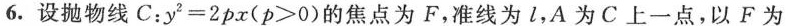
6.设抛物线C：$$y ^ { 2 } = 2 p x$$ (p>0)的焦点为F，准线为l，A为C上一点，以F为